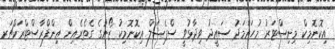
އިކޮނޮމިކް މިނިސްޓަރު މުހައްމަދު ސައީދު ވިދާޅުވީ ސްޕެޝަލް އިކޮނޮމިކު ޒޯނުގެ ގެތެރެއިން އިންފްރާސްޓްރަކްޗަރ